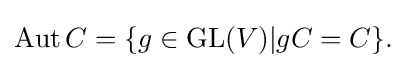
\displaystyle {\mathrm {Aut} \,C=\{g\in \mathrm {GL} (V)|gC=C\}.}